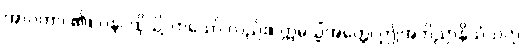
အာဂတာ၊ ၏။ ပန၊ ထိုသို့လာသော် လည်း။ ဣမသ္မိံအတ္ထေ၊ ဤအဘိညာနိသံသဟု